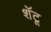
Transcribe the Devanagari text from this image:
शॅटू